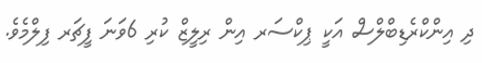
ދި އިންކްރެޑިބްލްސް އަކީ ޕިކްސަރ އިން ރިލީޒް ކުރި 6ވަނަ ފީޗަރ ފިލްމެވެ.